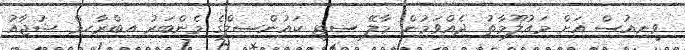
ވީނިއުސް އަށް މައުލޫމާތު ދެއްވަމުން މާލޭ ސިޓީ ކައުންސިލްގެ މެންބަރު އިބްރާހިމް ޝުޖާއު